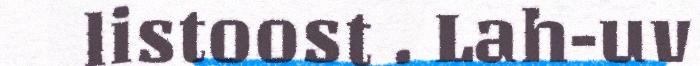
listoost . Lah-uv